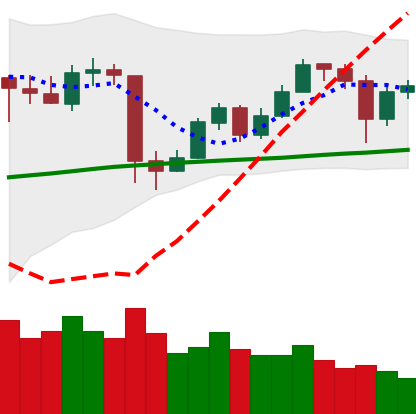
Ticker: ETH-USD
Chart end date: 2020-05-23
Forward return: 5.341%
Label: up_5_7